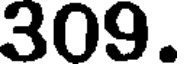
309.